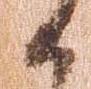
候